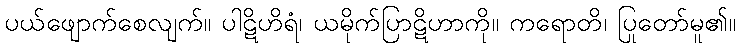
ပယ်ဖျောက်စေလျက်။ ပါဋိဟိရံ၊ ယမိုက်ပြာဋိဟာကို။ ကရောတိ၊ ပြုတော်မူ၏။